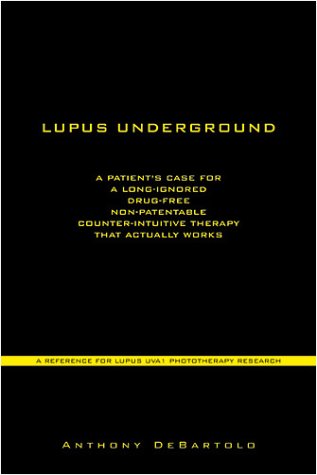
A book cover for Lupus Underground: A Patient's Case for a Long-Ignored, Drug-Free, Non-Patentable, Counter-Intuitive Therapy That Actually Works - UVA1 Phototherapy; Anthony DeBartolo; Health, Fitness & Dieting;